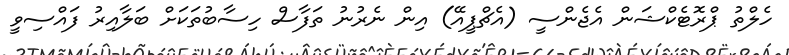
ހެލްތު ޕްރޮޓެކްޝަން އެޖެންސީ (އެޗްޕީއޭ) އިން ނެރުނު ތަފާސް ހިސާބުތަކަށް ބަލާއިރު ފައްސިވީ